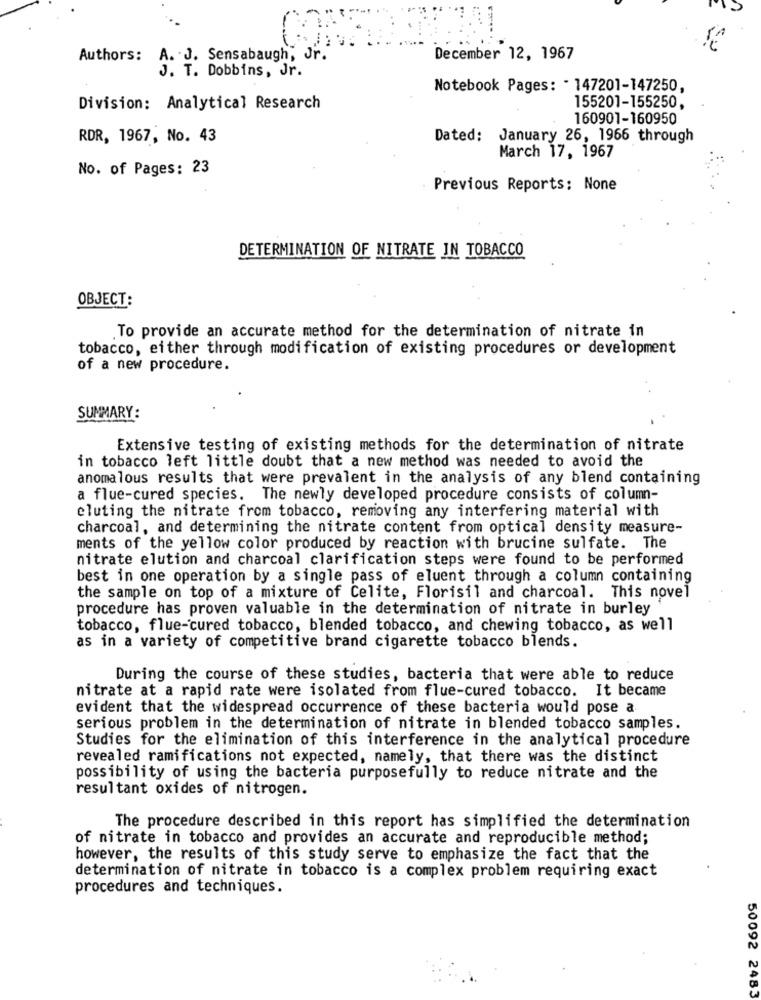
Authors:
A. J. Sensabaugh, Jr.
December 12, 1967
J. T. Dobbins, Jr.
Notebook Pages: - 147201-147250,
Division: Analytical Research
155201-155250,
160901-160950
RDR, 1967, No. 43
Dated: January 26, 1966 through
March 17, 1967
No. of Pages: 23
Previous Reports: None
DETERMINATION OF NITRATE IN TOBACCO
OBJECT:
To provide an accurate method for the determination of nitrate in
tobacco, either through modification of existing procedures or development
of a new procedure.
SUMMARY:
Extensive testing of existing methods for the determination of nitrate
in tobacco left little doubt that a new method was needed to avoid the
anomalous results that were prevalent in the analysis of any blend containing
a flue-cured species. The newly developed procedure consists of column-
eluting the nitrate from tobacco, removing any interfering material with
charcoal, and determining the nitrate content from optical density measure-
ments of the yellow color produced by reaction with brucine sulfate. The
nitrate elution and charcoal clarification steps were found to be performed
best in one operation by a single pass of eluent through a column containing
the sample on top of a mixture of Celite, Florisil and charcoal. This novel
procedure has proven valuable in the determination of nitrate in burley
tobacco, flue-cured tobacco, blended tobacco, and chewing tobacco, as well
as in a variety of competitive brand cigarette tobacco blends.
During the course of these studies, bacteria that were able to reduce
nitrate at a rapid rate were isolated from flue-cured tobacco. It became
evident that the widespread occurrence of these bacteria would pose a
serious problem in the determination of nitrate in blended tobacco samples.
Studies for the elimination of this interference in the analytical procedure
revealed ramifications not expected, namely, that there was the distinct
possibility of using the bacteria purposefully to reduce nitrate and the
resultant oxides of nitrogen.
The procedure described in this report has simplified the determination
of nitrate in tobacco and provides an accurate and reproducible method;
however, the results of this study serve to emphasize the fact that the
determination of nitrate in tobacco is a complex problem requiring exact
procedures and techniques.
50092 2483